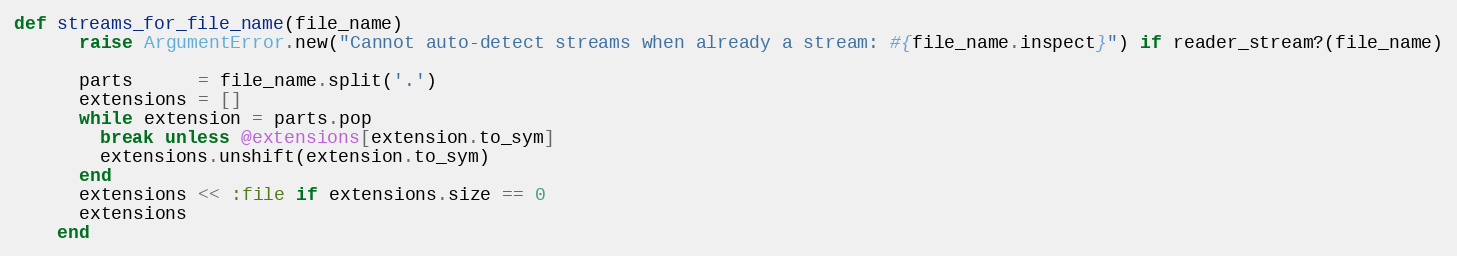
Language: Ruby
def streams_for_file_name(file_name)
      raise ArgumentError.new("Cannot auto-detect streams when already a stream: #{file_name.inspect}") if reader_stream?(file_name)

      parts      = file_name.split('.')
      extensions = []
      while extension = parts.pop
        break unless @extensions[extension.to_sym]
        extensions.unshift(extension.to_sym)
      end
      extensions << :file if extensions.size == 0
      extensions
    end